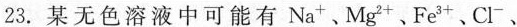
23.某无色溶液中可能有Na^{+}、Mg^{2+}﹑Fe^{3+}、Cl^{-}、